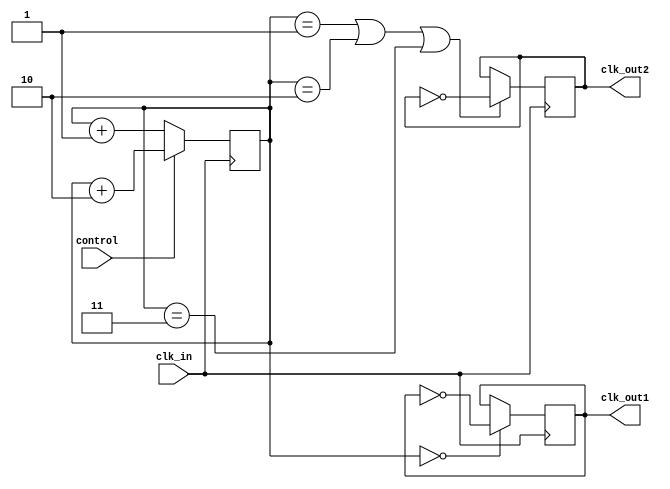
module dual_modulus_clock_divider (
    input wire clk_in, // input clock signal
    input wire control, // control signal to select modulus value
    output reg clk_out1, // divided clock signal with modulus value 1
    output reg clk_out2 // divided clock signal with modulus value 2
);

reg [1:0] count_reg;

always @ (posedge clk_in) begin
    if (control == 0) begin
        count_reg <= count_reg + 2'b01;
    end else begin
        count_reg <= count_reg + 2'b10;
    end
    
    if (count_reg == 2'b00) begin
        clk_out1 <= ~clk_out1;
    end
    
    if (count_reg == 2'b01 || count_reg == 2'b10 || count_reg == 2'b11) begin
        clk_out2 <= ~clk_out2;
    end
end

initial begin
    count_reg <= 2'b00;
    clk_out1 <= 1'b0;
    clk_out2 <= 1'b0;
end

endmodule